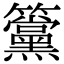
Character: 𥸈